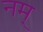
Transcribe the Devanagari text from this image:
नम्‌